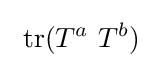
\ \operatorname {tr} (T^{a}\ T^{b})\